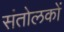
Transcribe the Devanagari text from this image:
संतोलकों